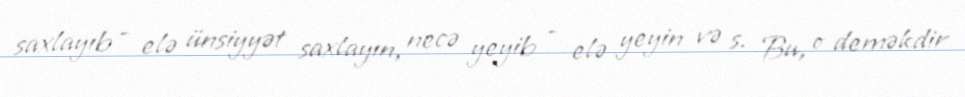
saxlayıb - elə ünsiyyət saxlayın, necə yeyib - elə yeyin və s. Bu, o deməkdir